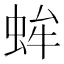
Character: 蛑